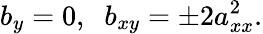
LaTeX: b_{y}=0,\; \; b_{xy}=\pm 2a_{xx}^{2}.